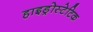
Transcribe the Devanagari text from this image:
हाइड्रोस्टेटिक